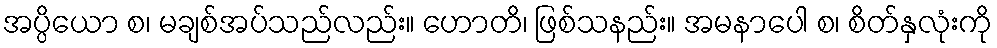
အပ္ပိယော စ၊ မချစ်အပ်သည်လည်း။ ဟောတိ၊ ဖြစ်သနည်း။ အမနာပေါ စ၊ စိတ်နှလုံးကို